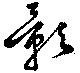
影